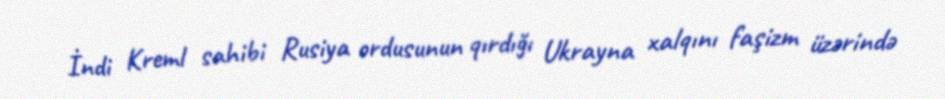
İndi Kreml sahibi Rusiya ordusunun qırdığı Ukrayna xalqını faşizm üzərində